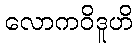
လောကဝိဒူဟိ